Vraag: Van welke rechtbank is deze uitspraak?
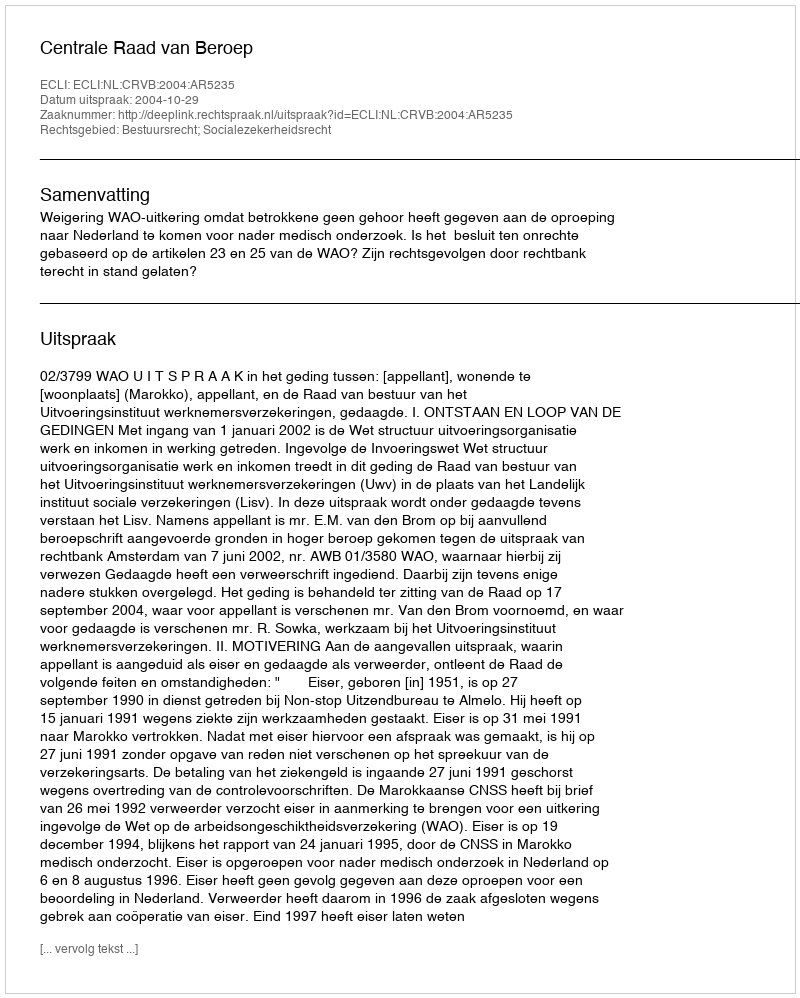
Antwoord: Centrale Raad van Beroep